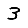
Digit: 3